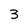
Character: 3